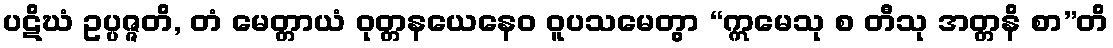
ပဋိဃံ ဥပ္ပဇ္ဇတိ, တံ မေတ္တာယံ ဝုတ္တနယေနေဝ ဝူပသမေတွာ “ဣမေသု စ တီသု အတ္တနိ စာ”တိ